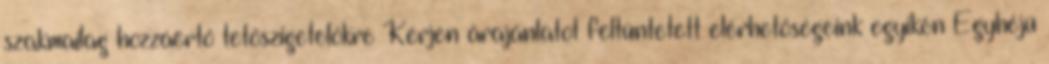
szakmailag hozzáértő tetőszigetelőkre Kérjen árajánlatot feltüntetett elérhetőségeink egyikén Egyhéjú